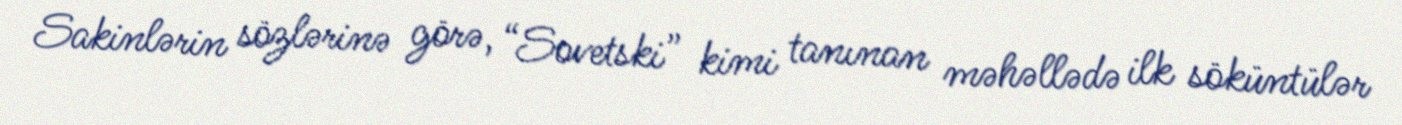
Sakinlərin sözlərinə görə, “Sovetski” kimi tanınan məhəllədə ilk söküntülər